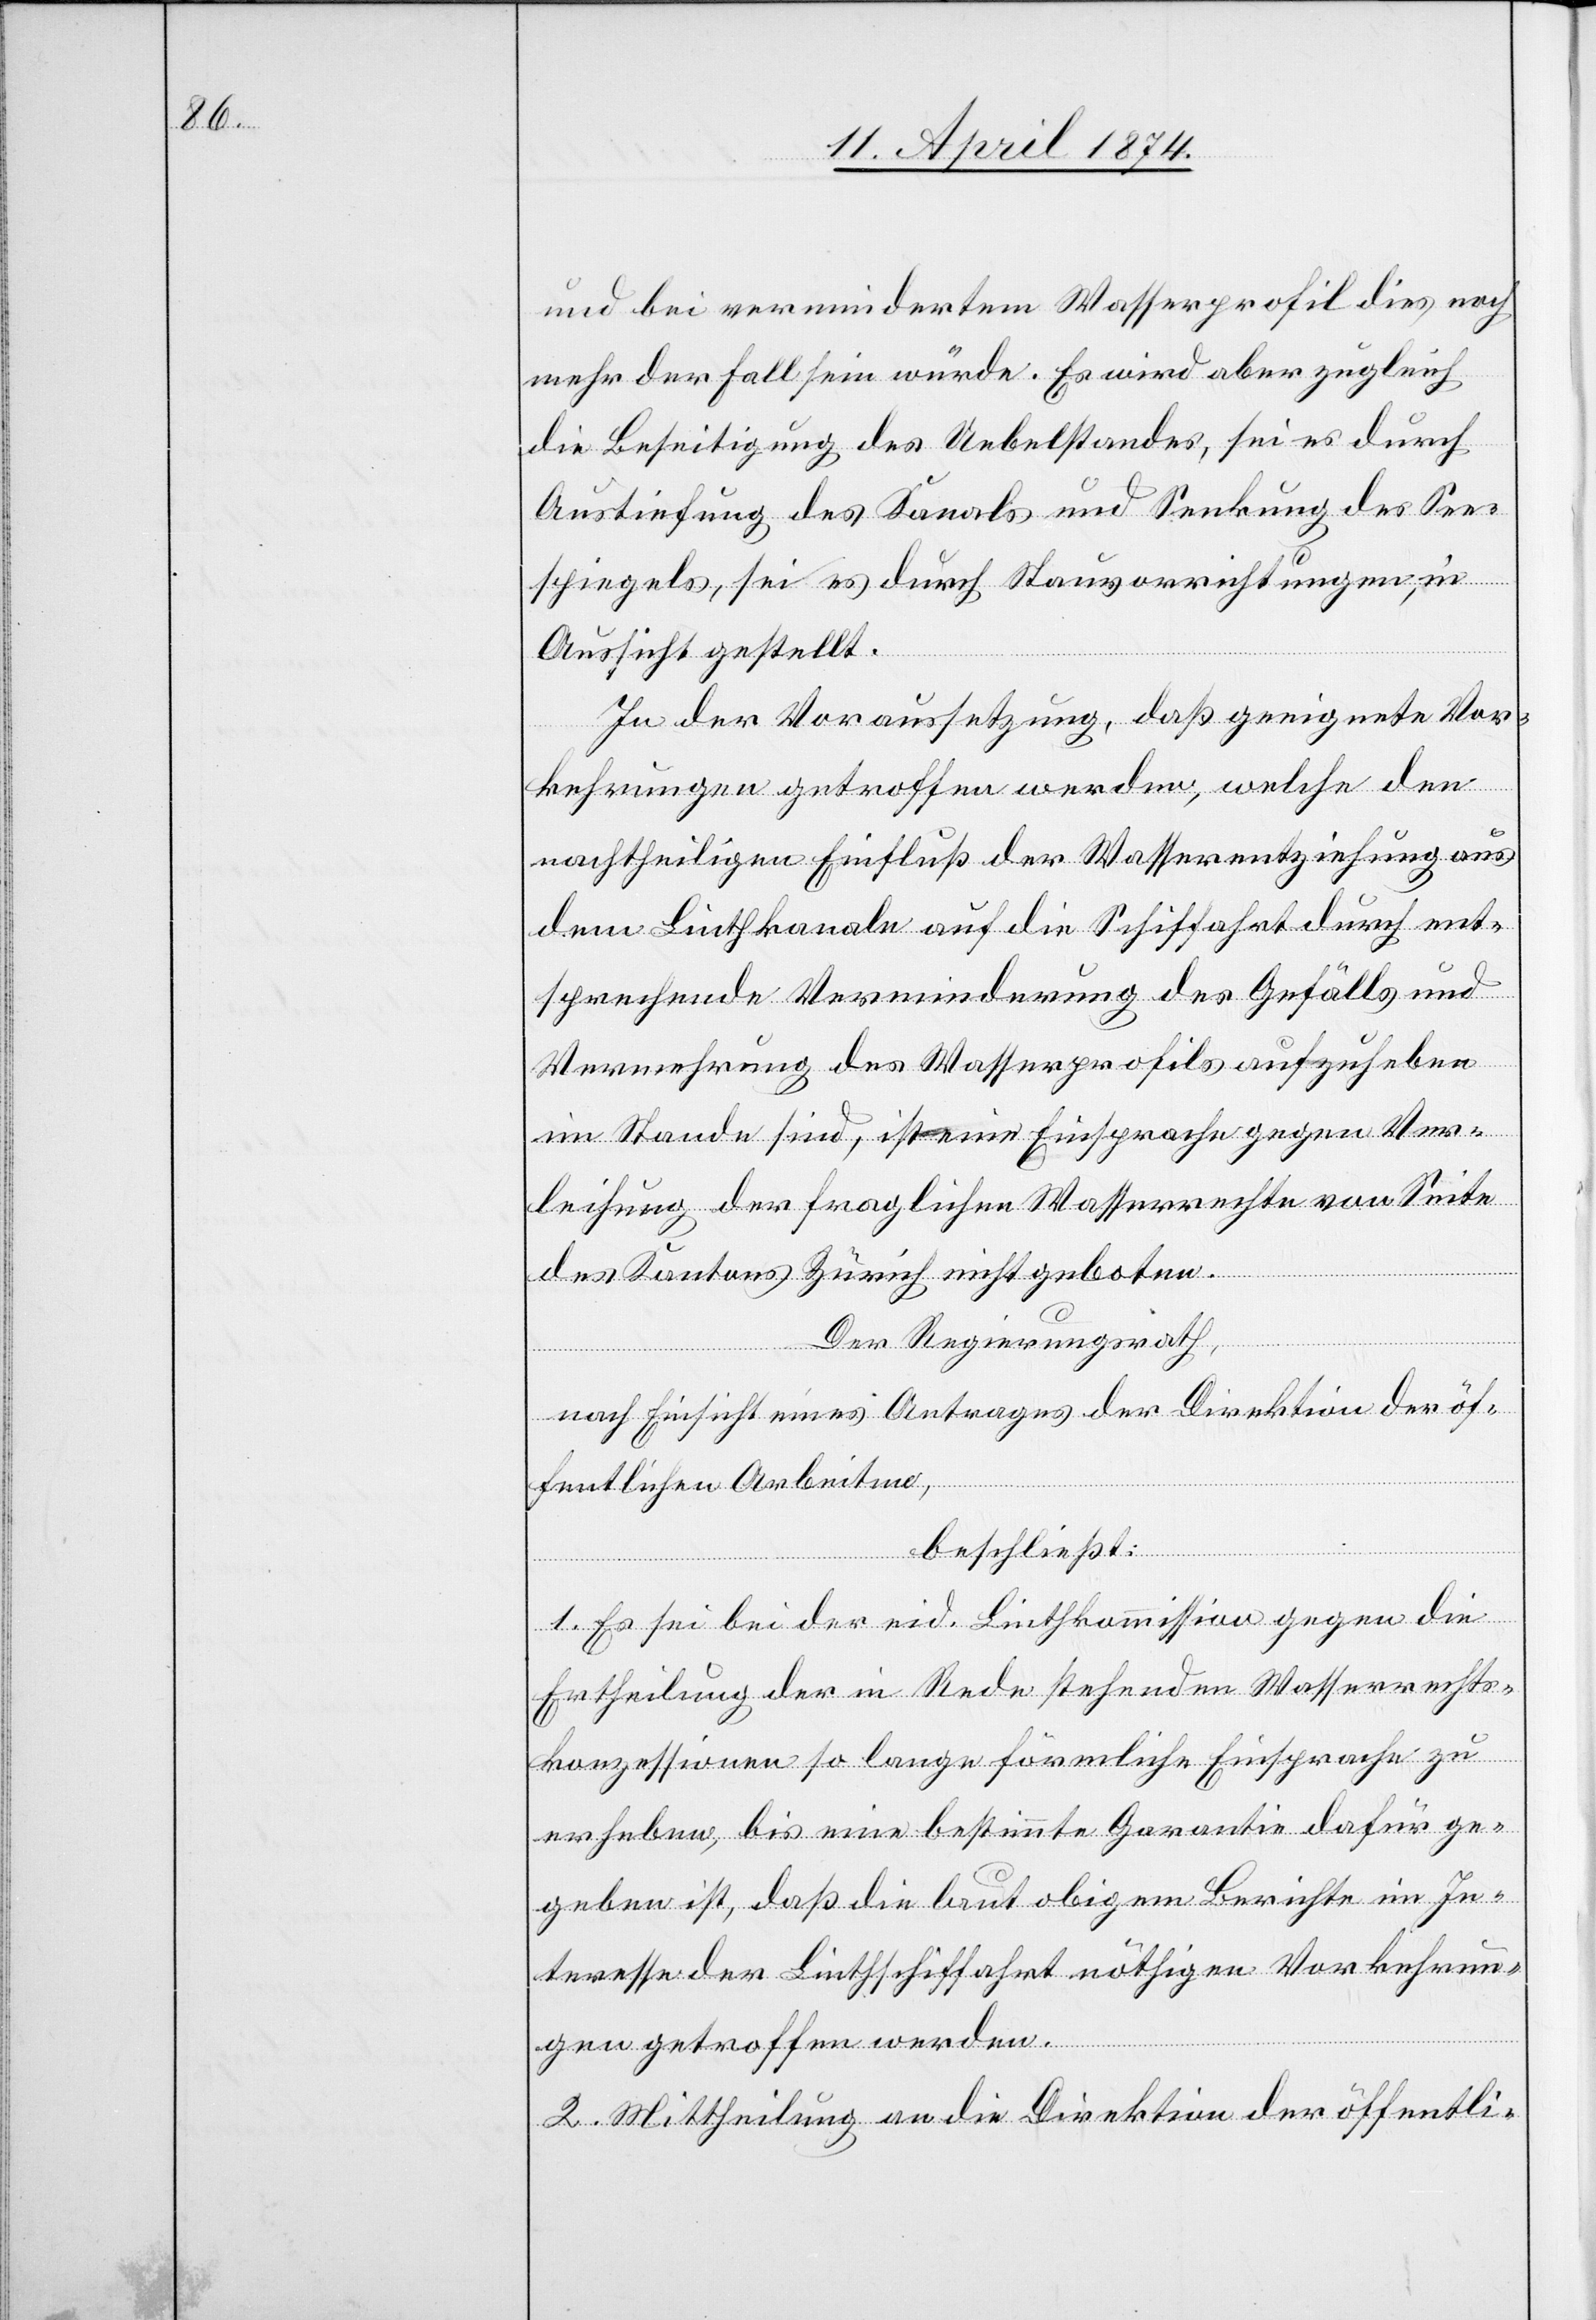
und bei vermindertem Wasserprofil dies noch
mehr der Fall sein würde. Es wird aber zugleich
die Beseitigung des Uebelstandes, sei es durch
Austiefung des Kanals und Senkung des See¬
spiegels, sei es durch Stauvorrichtungen, in
Aussicht gestellt.
In der Voraussetzung, daß geeignete Vor¬
kehrungen getroffen werden, welche den
nachtheiligen Einfluß der Wasserentziehung aus
dem Linthkanale auf die Schiffahrt durch ent¬
sprechende Verminderung des Gefälls und
Vermehrung des Wasserprofils aufzuheben
im Stande sind, ist eine Einsprache gegen Ver¬
leihung der fraglichen Wasserrechte von Seite
des Kantons Zürich nicht geboten.
Der Regierungsrath,
nach Einsicht eines Antrages der Direktion der öf¬
fentlichen Arbeiten,
beschließt:
1. Es sei bei der eid. Linthkommission gegen die
Ertheilung der in Rede stehenden Wasserrechts¬
konzessionen so lange förmliche Einsprache zu
erheben, bis eine bestimmte Garantie dafür ge¬
geben ist, daß die laut obigem Berichte im In¬
teresse der Linthschiffahrt nöthigen Vorkehrun¬
gen getroffen werden.
2. Mittheilung an die Direktion der öffentli-